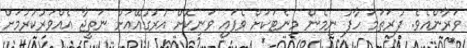
ވަރާންއެވެ. ފުރަތަމަ ހާފު ނިމެން މިނެޓަކަށް ވެފައި ވަނިކޮށް އުރުގުއޭއަށް ނަތީޖާ އެއްވަރުކުރުމަށް